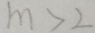
m > 2